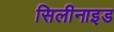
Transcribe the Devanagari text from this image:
सिलीनाइड